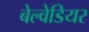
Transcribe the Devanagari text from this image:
बेल्वेडियर